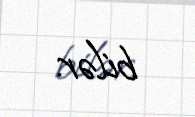
bilər.